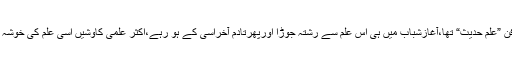
ان کا اختصاصی فن ”علمِ حدیث“ تھا،آغازِشباب میں ہی اس علم سے رشتہ جوڑا اورپھرتادمِ آخراسی کے ہو رہے،اکثر علمی کاوشیں اسی علم کی خوشہ چینی کا ثمرہ ہیں۔